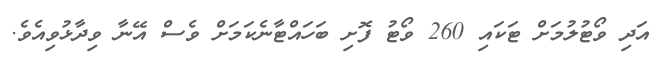
އަދި ވޯޓުލުމަށް ޓަކައި 260 ވޯޓު ފޮށި ބަހައްޓާނެކަމަށް ވެސް އޭނާ ވިދާޅުވިއެވެ.